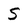
Character: S